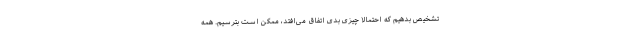
تشخیص بدهیم که احتمالا چیزی بدی اتفاق می‌افتد، ممکن است بترسیم. همهٔ